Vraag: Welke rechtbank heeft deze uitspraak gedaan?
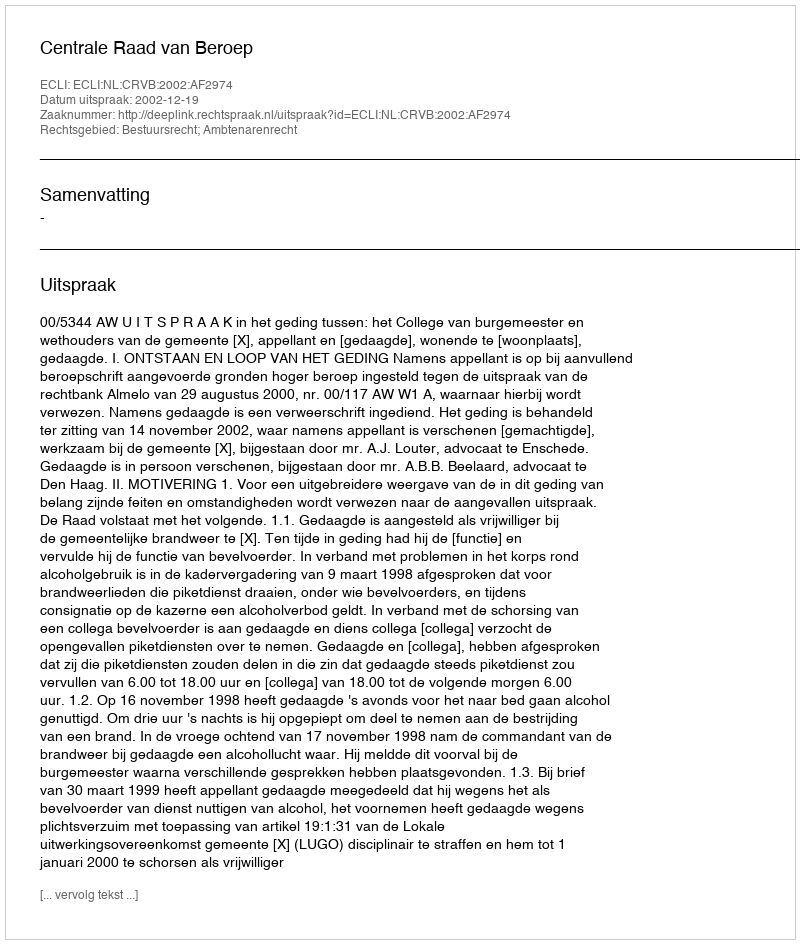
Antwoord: Centrale Raad van Beroep